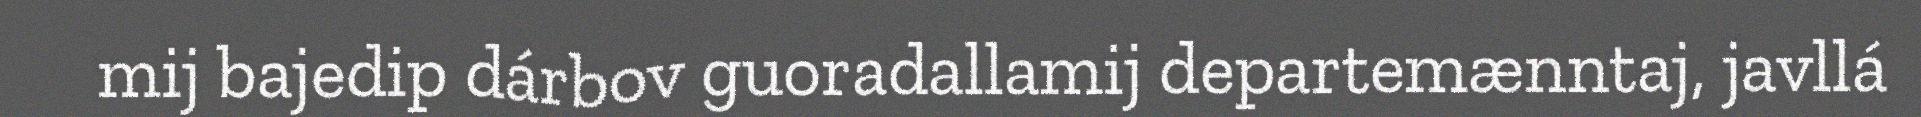
mij bajedip dárbov guoradallamij departemænntaj, javllá